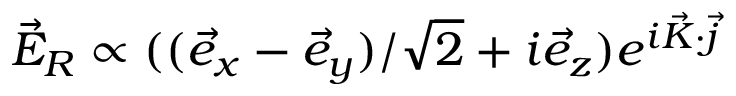
\vec { E } _ { R } \propto ( ( \vec { e } _ { x } - \vec { e } _ { y } ) / \sqrt { 2 } + i \vec { e } _ { z } ) e ^ { i \vec { K } \cdot \vec { j } }